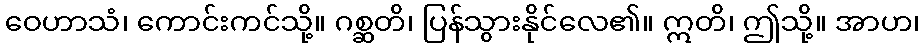
ဝေဟာသံ၊ ကောင်းကင်သို့။ ဂစ္ဆတိ၊ ပြန်သွားနိုင်လေ၏။ ဣတိ၊ ဤသို့။ အာဟ၊